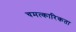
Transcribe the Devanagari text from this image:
चमत्कारिकता